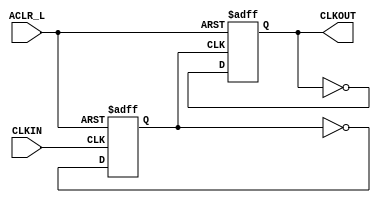
//Verilog source file for Clk25MHz Module
//Brian Willis, 5/15/2017
//Divides a clock input by 4
`timescale 1ns / 1ps

module Clk25MHz(
    input CLKIN, ACLR_L,
    output CLKOUT
    );
    
    wire aclr_i;
    reg D1;
    reg D2; 
    wire Q1;
    wire Q2;
    
    assign aclr_i = ~ACLR_L;
    assign CLKOUT = Q2;
    assign Q2 = D2;
    assign Q1 = D1;
    
    //design utilizes two TFFs to divide clock by 2, then 2 again
    always @(posedge CLKIN, posedge aclr_i)begin    //TFF 1
        if(aclr_i)
            D1 = 0;
        else 
            D1 = ~Q1;            
    end    
    
    always @(posedge Q1, posedge aclr_i)begin       //TFF 2
        if(aclr_i)
            D2 = 0;
        else 
            D2 = ~Q2;
    end
endmodule